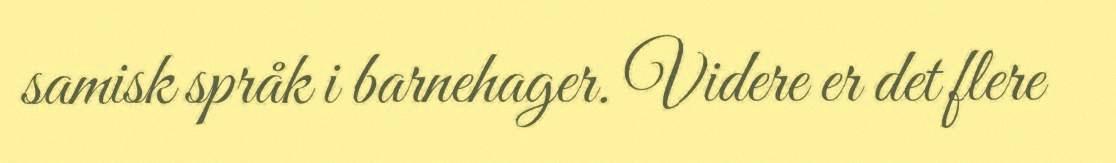
samisk språk i barnehager. Videre er det flere